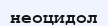
неоцидол